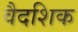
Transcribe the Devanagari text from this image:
वैदशिक